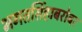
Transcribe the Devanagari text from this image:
भगतसिंहाबरोबर